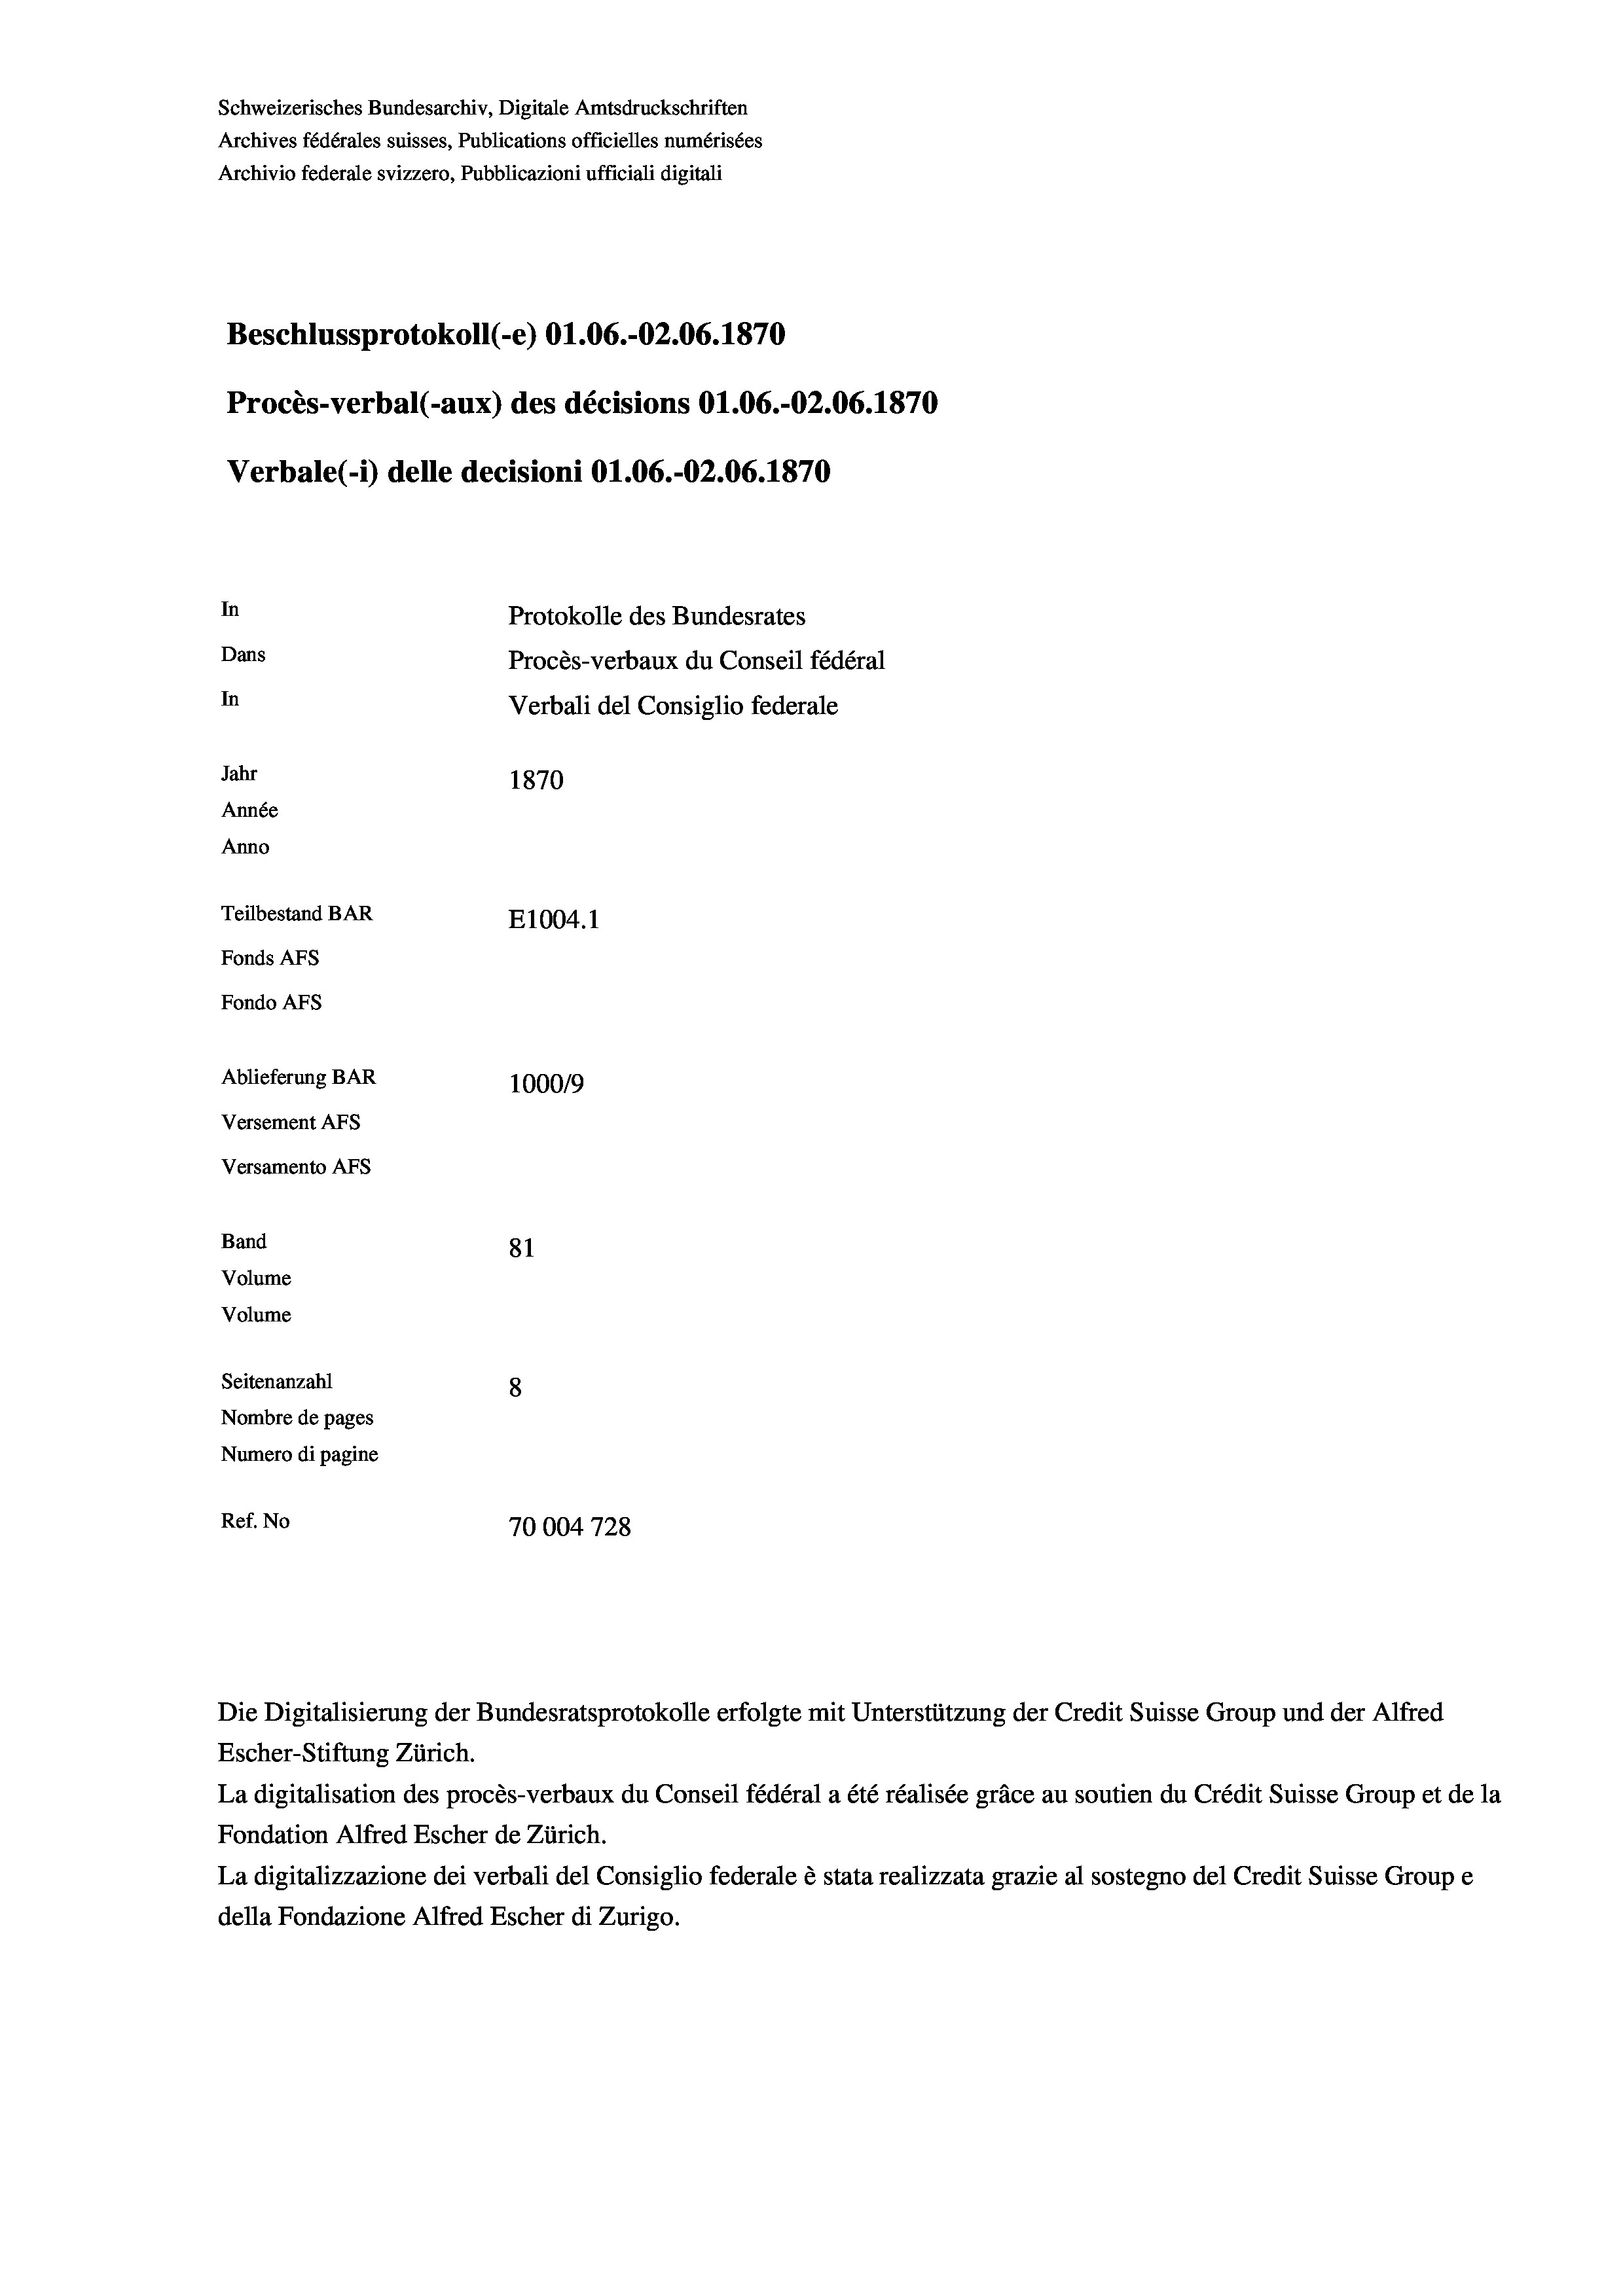
Schweizerisches Bundesarchiv, Digitale Amtsdruckschriften
Archives fédérales suisses, Publications officielles numérisées
Archivio federale svizzero, Pubblicazioni ufficiali digitali
Beschlussprotokoll (-e) O1.06.-O2.06. 1870
Procès-verbal (-aux) des décisions O1.06.-O2.06. 1870
Verbale (i) delle decisioni O1.06.-O2.06. 1870
In
Protokolle des Bundesrates
Dans
Procès-verbaux du Conseil fédéral
In
Verbali del Consiglio federale
Jahr
1870
Année
Anno
Teilbestand BAR
E1004.1
Fonds AFs
Fondo AFs
Ablieferung BAR
100019
Versement AFs
Versamento AFs

81
Seitenanzahl
8
Nombre de pages
Numero di pagine
Ref. No
70004728

Band
Volume
Volume

La digitalisation des procès-verbaux du Conseil fédéral a été réalisée gräce au soutien du Crédit Suisse Group et de la
Fondation Alfred Escher de Zürich.
La digitalizzazione dei verbali del Consiglio federale è stata realizzata grazie al sostegno del Credit Suisse Groupe
della Fondazione Alfred Escher di Zurigo.

Escher-Stiftung Zürich.

Die Digitalisierung der Bundesratsprotokolle erfolgte mit Unterstützung der Credit Suisse Group und der Alfred